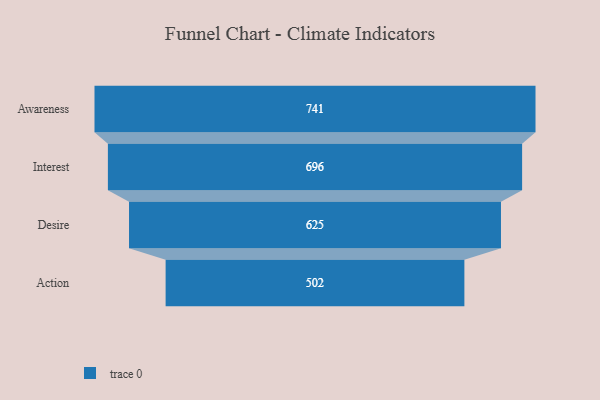
{"axis": {"x": "Stage", "y": "Value"}, "legend": [""], "data": [{"x": "Awareness", "y": 741.0, "type": ""}, {"x": "Interest", "y": 696.0, "type": ""}, {"x": "Desire", "y": 625.0, "type": ""}, {"x": "Action", "y": 502.0, "type": ""}]}